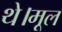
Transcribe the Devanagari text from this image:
थे।मूल